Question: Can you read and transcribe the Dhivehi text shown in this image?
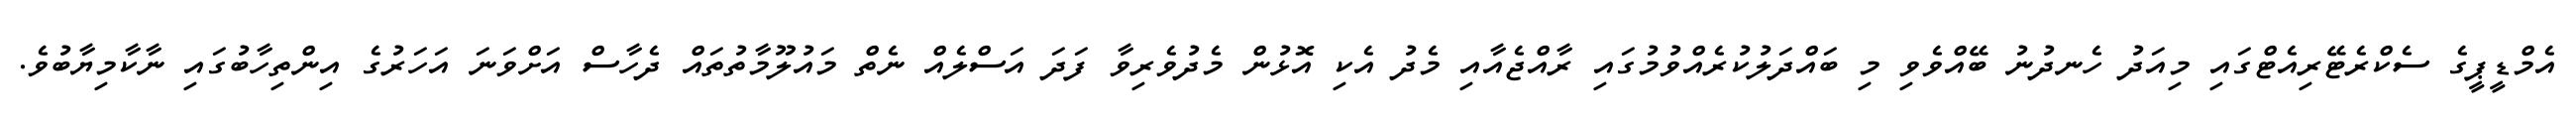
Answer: އެމްޑީޕީގެ ސެކްރެޓޭރިއެޓްގައި މިއަދު ހެނދުނު ބޭއްވެވި މި ބައްދަލުކުރެއްވުމުގައި ރާއްޖެއާއި މެދު އެކި އޮޅުން މެދުވެރިވާ ފަދަ އަސްލެއް ނެތް މައުލޫމާތުތައް ދެހާސް އަށްވަނަ އަހަރުގެ އިންތިހާބުގައި ނާކާމިޔާބުވެ.